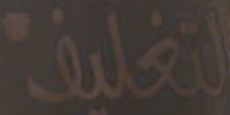
التغليف